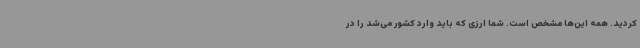
کردید. همه این‌ها مشخص است. شما ارزی که باید وارد کشور می‌شد را در